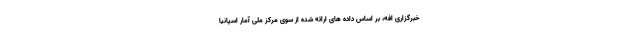
خبرگزاری افه، بر اساس داده های ارائه شده از سوی مرکز ملی آمار اسپانیا